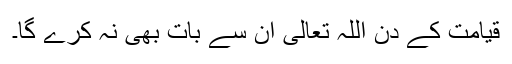
قیامت کے دن اللہ تعالیٰ ان سے بات بھی نہ کرے گا۔